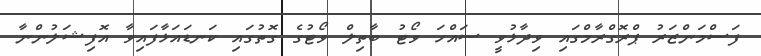
ފަސްމަންޒަރު ޕްރޮގްރާމްގައި ވިދާޅުވީ ސައްހަ ވޯޓު ބާތިލް ވޯޓުގެ ގޮތުގައި ކަނޑައަޅާފައިވާ އޮފިޝަލުންނާ